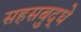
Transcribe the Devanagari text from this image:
सहसबुद्धे